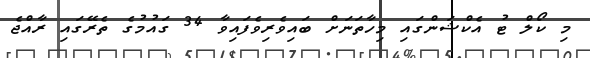
މި ކޯލް ޓު އެކްޝަންގައި މިހާތަނަށް ބައިވެރިވެފައިވާ 34 ގައުމުގެ ތެރޭގައި ރާއްޖެ